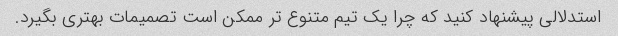
استدلالی پیشنهاد کنید که چرا یک تیم متنوع تر ممکن است تصمیمات بهتری بگیرد.